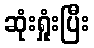
ဆုံးရှုံးပြီး